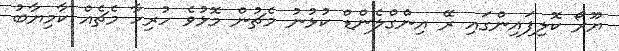
ޔޫރޯ ކޮލިފައިންގައި ރޭ އިންގްލެންޑް ކުޅުނު މެޗުން މޮޅުވެ ހުރިހާ މެޗެއް ކާމިޔާބު